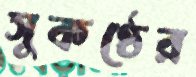
সুকণ্ঠের